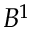
B ^ { 1 }